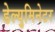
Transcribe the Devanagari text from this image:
डेल्युमिनेटर